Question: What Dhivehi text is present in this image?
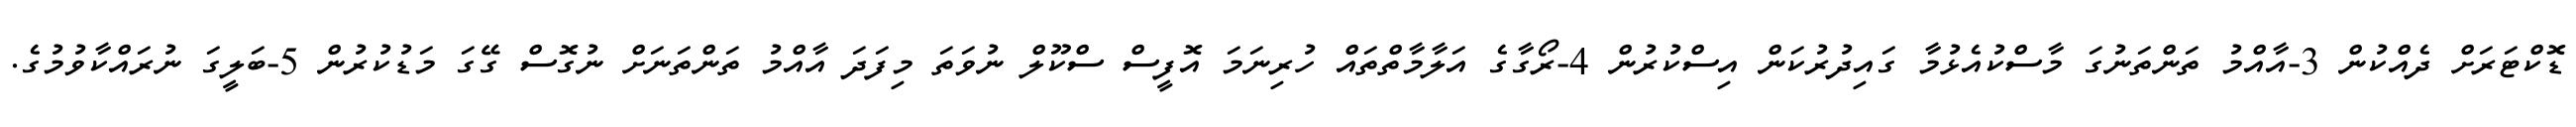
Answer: ޑޮކްޓަރަށް ދެއްކުން 3-އާއްމު ތަންތަނުގަ މާސްކުއެޅުމާ ގައިދުރުކަން އިސްކުރުން 4-ރޯގާގެ އަލާމާތްތައް ހުރިނަމަ އޮފީސް ސްކޫލް ނުވަތަ މިފަދަ އާއްމު ތަންތަނަށް ނުގޮސް ގޭގަ މަޑުކުރުން 5-ބަލީގަ ނުރައްކާވުމުގެ.